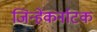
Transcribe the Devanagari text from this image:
जिन्हेंकर्नाटक